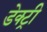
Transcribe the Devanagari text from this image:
डेक्ट्री